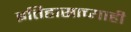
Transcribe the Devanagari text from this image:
इतिहासाच्याही